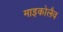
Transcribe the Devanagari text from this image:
माइकोलैव